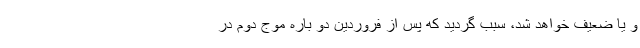
و یا ضعیف خواهد شد، سبب گردید که پس از فروردین دو باره موج دوم در